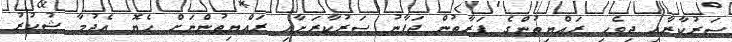
ސަރުކާރާއި ދިވެހި ރައްޔިތުންގެ ފަރާތުން ޖަޕާނު ސަރުކާރަށާއި ރައްޔިތުންނަށް ހެޔޮ އެދުމާ ޝުކުރު